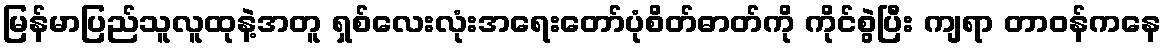
မြန်မာပြည်သူလူထုနဲ့အတူ ရှစ်လေးလုံးအရေးတော်ပုံစိတ်ဓာတ်ကို ကိုင်စွဲပြီး ကျရာ တာဝန်ကနေ